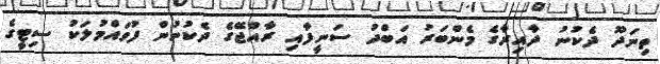
ތިނަދޫ ދެކުނު ދާއިރާގެ މެންބަރު އަބްދު ސަނީފާއި ރާއްޖޭގެ ދެކުނުން ފުވައްމުލަކު ސިޓީގެ